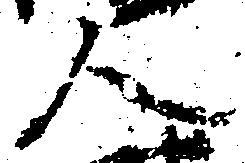
人